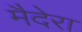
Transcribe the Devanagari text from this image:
मैदेरा